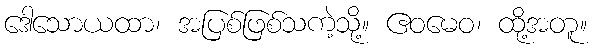
ဒေါသောယထာ၊ အပြစ်ဖြစ်သကဲ့သို့။ ဧဝမေဝ၊ ထို့အတူ။